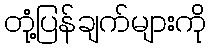
တုံ့ပြန်ချက်များကို